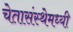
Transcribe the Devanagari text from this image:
चेतासंस्थेमध्यी